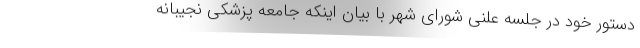
دستور خود در جلسه علنی شورای شهر با بیان اینکه جامعه پزشکی نجیبانه